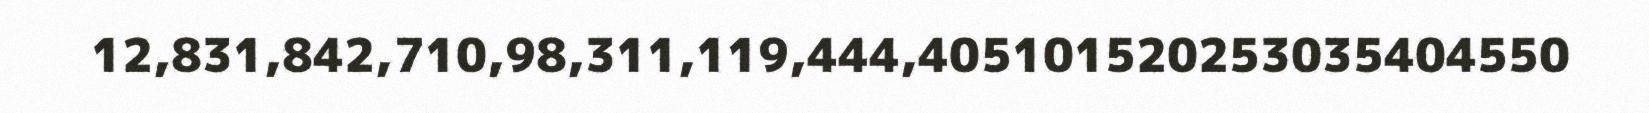
12,831,842,710,98,311,119,444,405101520253035404550